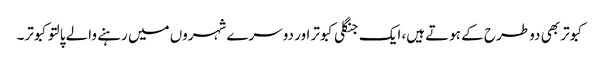
کبوتر بھی دو طرح کے ہوتے ہیں، ایک جنگلی کبوتر اور دوسرے شہروں میں رہنے والے پالتو کبوتر۔